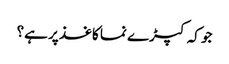
جو کہ کپڑے نما کاغذ پر ہے؟